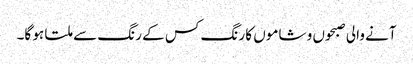
آنے والی صبحوں و شاموں کا رنگ کس کے رنگ سے ملتا ہو گا۔